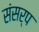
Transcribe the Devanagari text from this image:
संसर्प